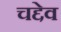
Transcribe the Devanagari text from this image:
चद्देव